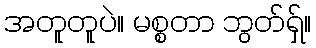
အတူတူပဲ။ မစ္စတာ ဘွတ်ရှ်။